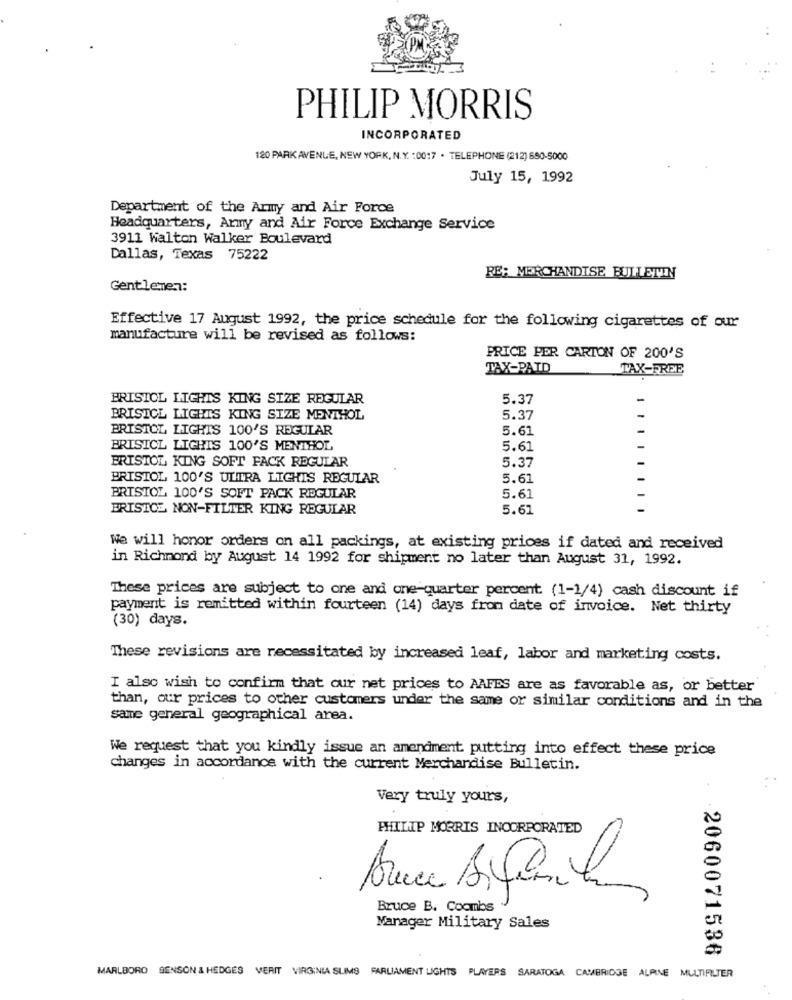
PHILIP MORRIS
INCORPORATED
120 PARK AVENUE, NEW YORK, N. Y. : 0017 . TELEPHONE (212) 650-5000
July 15, 1992
Department of the Army and Air Force
Headquarters, Army and Air Force Exchange Service
3911 Walton Walker Boulevard
Dallas, Texas 75222
RE: MERCHANDISE BULLETIN
Gentlemen:
Effective 17 August 1992, the price schedule for the following cigarettes of our
manufacture will be revised as follows:
PRICE PER CARTON OF 200'S
TAX-PAID
TAX-FREE
BRISTOL LIGHTS KING SIZE REGULAR
5.37
BRISTOL LIGHTS KING SIZE MENTHOL
5.37
BRISTOL LIGHTS 100'S REGULAR
5.61
BRISICL LIGHTS 100'S MENTHOL
5.61
BRISTOL KING SOFT FACK REGULAR
-
5.37
BRISTOL 100'S ULTRA LIGHTS REGULAR
5.61
-
BRISTOL 100'S SOFT PACK REGULAR
5.61
BRISTOL NON-FILTER KING REGULAR
5.61
We will honor orders on all packings, at existing prices if dated and received
in Richmond by August 14 1992 for shipment no later than August 31, 1992.
These prices are subject to one and one-quarter percent (1-1/4) cash discount if
payment is remitted within fourteen (14) days from date of invoice. Net thirty
(30) days.
These revisions are necessitated by increased leaf, labor and marketing costs.
I also wish to confirm that our net prices to AAFES are as favorable as, or better
than, our prices to other customers under the same or similar conditions and in the
same general geographical area.
We request that you kindly issue an amendment putting into effect these price
changes in accordance with the current Merchandise Bulletin.
Very truly yours,
PHILIP MORRIS INCORPORATED
Bruce B. Coombs
Manager Military Sales
.2060071536
MARLBORO BENSON & HEDGES VERIT VIRGINIA SLIMS PARLIAMENT LIGHTS PLAYERS SARATOGA CAMBRIDGE ALPINE MULTIFILTER